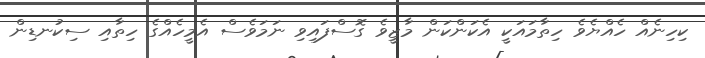
ކިހިނެއް ހެއްޔެވެ ހިތާމައަކީ އެކަންކަން މާޒީވެ ގޮސްފައިވި ނަމަވެސް އެމީހެއްގެ ހިތާއި ސިކުނޑިން